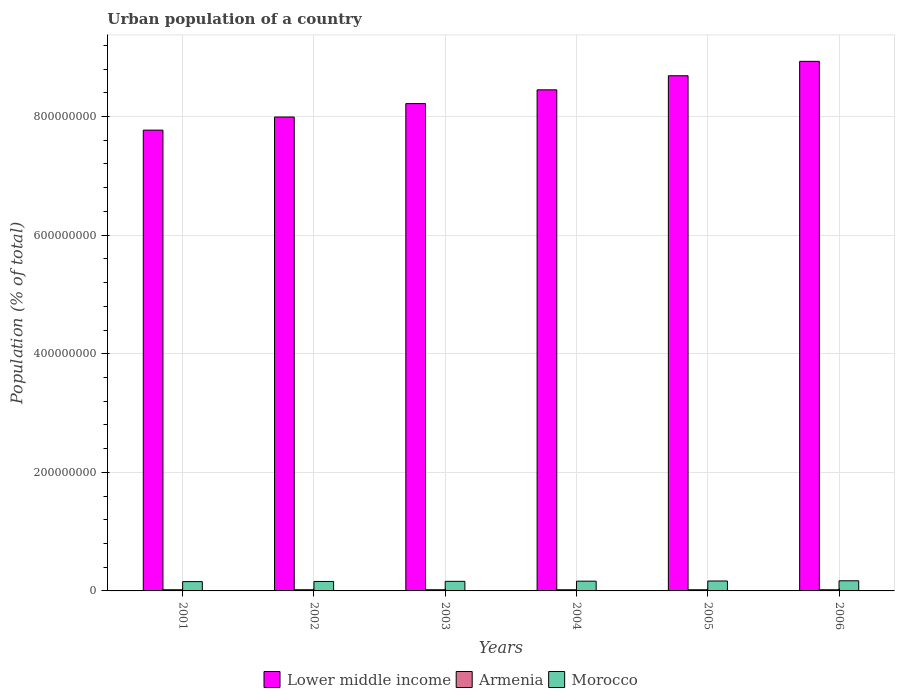
| Years | Lower middle income | Armenia | Morocco |
 | --- | --- | --- | --- |
 | 2001 | 7.77e+08 | 1.97e+06 | 1.57e+07 |
 | 2002 | 7.99e+08 | 1.96e+06 | 1.59e+07 |
 | 2003 | 8.22e+08 | 1.95e+06 | 1.62e+07 |
 | 2004 | 8.45e+08 | 1.94e+06 | 1.64e+07 |
 | 2005 | 8.69e+08 | 1.94e+06 | 1.68e+07 |
 | 2006 | 8.93e+08 | 1.93e+06 | 1.71e+07 |